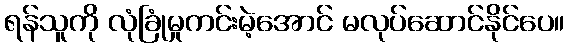
ရန်သူကို လုံခြုံမှုကင်းမဲ့အောင် မလုပ်ဆောင်နိုင်ပေ။